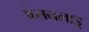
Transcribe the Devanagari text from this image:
बेसनलाडू